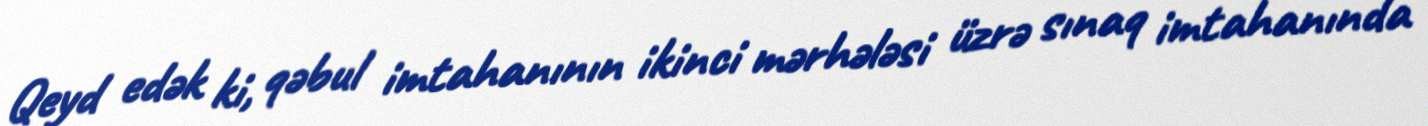
Qeyd edək ki, qəbul imtahanının ikinci mərhələsi üzrə sınaq imtahanında